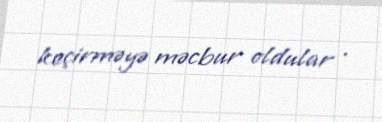
keçirməyə məcbur oldular .